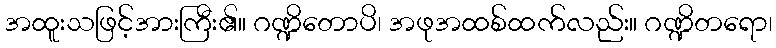
အထူးသဖြင့်အားကြီး၏။ ဂဏ္ဍိတောပိ၊ အဖုအထစ်ထက်လည်း။ ဂဏ္ဍိတရော၊